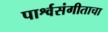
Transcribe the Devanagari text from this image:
पार्श्वसंगीताचा